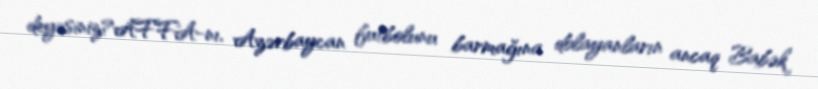
deyəsiniz?AFFA-nı, Azərbaycan futbolunu barmağına dolayanların ancaq Babək